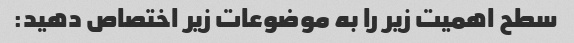
سطح اهمیت زیر را به موضوعات زیر اختصاص دهید: